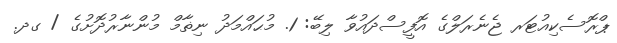
ޕްރޮސެކިއުޓަރ ޖެނެރަލްގެ އޮފީސްދައުވާ ލިބޭ: 1. މުޙައްމަދު ނިޡާމް މުންނާރުދޮށުގެ / ގދ.